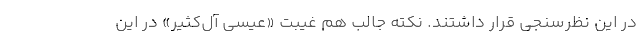
در این نظرسنجی قرار داشتند. نکته جالب هم غیبت «عیسی آل‌کثیر» در این